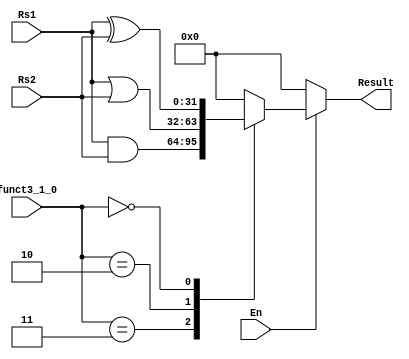
module Logical_Unit #(
	parameter FUNCT3 = 2,
	parameter XLEN   = 32
)
(
	// INPUT
	input  wire [XLEN-1:0]   Rs1,
	input  wire [XLEN-1:0]   Rs2,
	input  wire [FUNCT3-1:0] funct3_1_0,
	input  wire 			 En, 

	// OUTPUT
	output reg  [XLEN-1:0] Result
);

localparam AND = 2'b11;
localparam OR  = 2'b10;
localparam XOR = 2'b00;

always @(*) begin
	
	if (En) begin
		case (funct3_1_0)
			AND    : Result = Rs1 & Rs2;
			
			OR     : Result = Rs1 | Rs2;

			XOR    : Result = Rs1 ^ Rs2;

			default: Result = 'b0;
		endcase
	end
	else begin
		
		Result = 'b0;

	end

end

endmodule